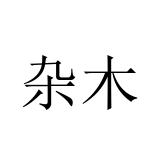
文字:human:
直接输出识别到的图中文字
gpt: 杂木